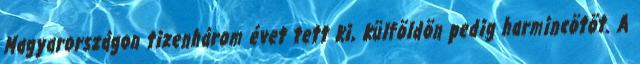
Magyarországon tizenhárom évet tett ki, külföldön pedig harmincötöt. A